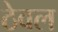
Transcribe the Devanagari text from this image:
ठेवल